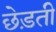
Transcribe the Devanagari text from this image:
छेड़ती